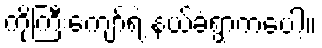
ကိုကြီးကျော်ရဲ့ နယ်ခံရွာကပေါ့။